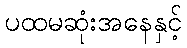
ပထမဆုံးအနေနှင့်